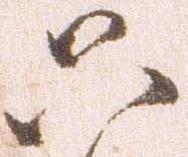
只